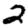
Digit: 2